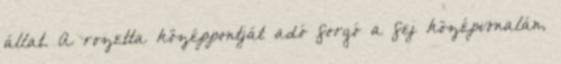
állat. A rozetta középpontját adó forgó a fej középvonalán,